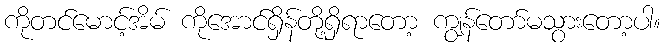
ကိုတင်မောင့်အိမ် ကိုအောင်ရှိန်တို့ရှိရာတော့ ကျွန်တော်မသွားတော့ပါ။